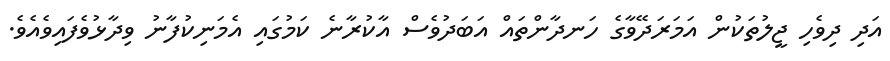
އަދި ދިވެހި ޖީލުތަކުން އަމަރަދޭވާގެ ހަނދާންތައް އަބަދުވެސް އާކުރާނެ ކަމުގައި އެމަނިކުފާނު ވިދާޅުވެފައިވެއެވެ.